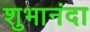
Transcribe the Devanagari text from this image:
शुभानंदा